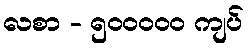
လစာ - ၅၀၀၀၀၀ ကျပ်